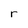
Character: r